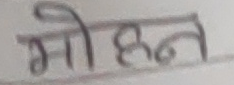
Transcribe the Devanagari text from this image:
मोहन